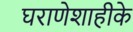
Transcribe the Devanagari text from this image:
घराणेशाहीके